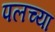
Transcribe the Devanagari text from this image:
पलच्या